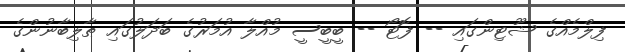
ފިލްމެއްގެ ޝޫޓިންގައި -- ފޮޓޯ -- ބީބީސީ މުއްލާ އުމަރުގެ ބަދަލުގައި ޠާލިބާނުންގެ